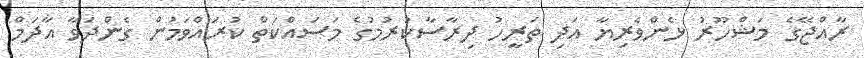
ރާއްޖޭގެ މަޝްހޫރު ޅެންވެރިޔާ އަދި ތަރީހު ދިރާސާކުރުމުގެ މަސައްކަތް ކުރައްވަމުން ގެންދަވާ އާދަމް